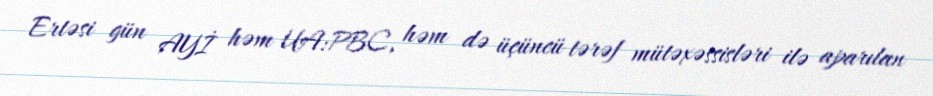
Ertəsi gün AYİ həm UA:PBC, həm də üçüncü tərəf mütəxəssisləri ilə aparılan